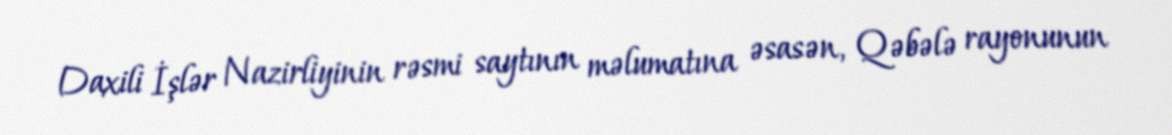
Daxili İşlər Nazirliyinin rəsmi saytının məlumatına əsasən, Qəbələ rayonunun